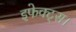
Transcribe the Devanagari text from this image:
इफेक्ट्स।